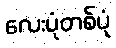
လေးပုံတစ်ပုံ